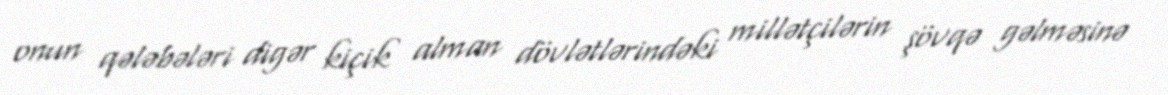
onun qələbələri digər kiçik alman dövlətlərindəki millətçilərin şövqə gəlməsinə